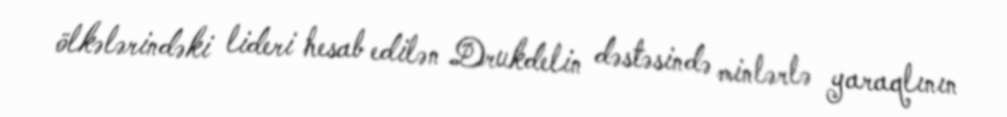
ölkələrindəki lideri hesab edilən Drukdelin dəstəsində minlərlə yaraqlının